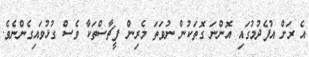
އެ ރަށް އުފެދުމުގައި އޮންނަ ގޮތަކުން ނުވަތަ މެރިން ފީޗާސްތަކާ ވެސް ގުޅުވައިގެންނެވެ.